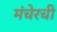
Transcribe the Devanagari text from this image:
मंचेरची